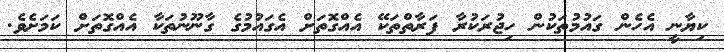
ކިޔާނީ އެހެން ގައުމުތަކުން ހިޖުރަކުރާ ފަރާތްތަކޭ އެއްގޮތަށް އެގައުމުގެ ގާނޫނުތަކާ އެއްގޮތަށް ކަމަށެވެ.